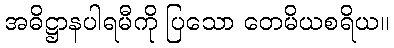
အဓိဋ္ဌာနပါရမီကို ပြသော တေမိယစရိယ။